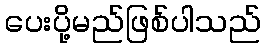
ပေးပို့မည်ဖြစ်ပါသည်